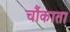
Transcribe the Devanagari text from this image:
चौंकाता